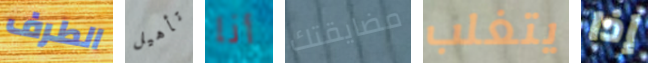
الطرف تأهيل أنا مضايقتك يتغلب إذا